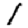
Digit: 1